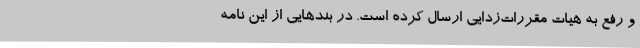
و رفع به هیات مقررات‌زدایی ارسال کرده است. در بندهایی از این نامه